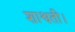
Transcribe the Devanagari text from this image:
शाश्वती।